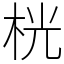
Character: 桄